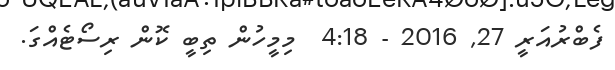
ފެބްރުއަރީ 27